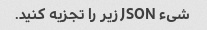
شیء JSON زیر را تجزیه کنید.